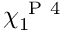
\chi _ { 1 } ^ { \mathrm { ~ P ~ 4 ~ } }